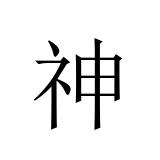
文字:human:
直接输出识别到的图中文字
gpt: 神